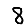
Digit: 8